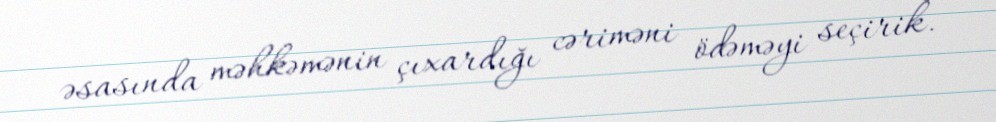
əsasında məhkəmənin çıxardığı cəriməni ödəməyi seçirik.